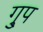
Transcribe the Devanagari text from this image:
गु्प